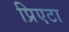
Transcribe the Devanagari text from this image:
प्रिएटा